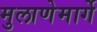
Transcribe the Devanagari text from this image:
मुलाणेमार्गे